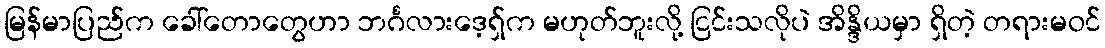
မြန်မာပြည်က ခေါ်တောတွေဟာ ဘင်္ဂလားဒေ့ရှ်က မဟုတ်ဘူးလို့ ငြင်းသလိုပဲ အိန္ဒိယမှာ ရှိတဲ့ တရားမဝင်